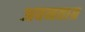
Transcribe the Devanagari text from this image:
अवनताग्र